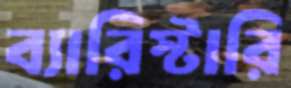
ব্যারিস্টারি